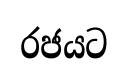
රජයට